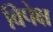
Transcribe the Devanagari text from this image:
विपेक्ष